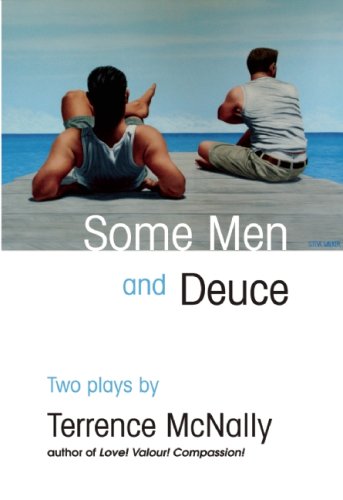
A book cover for Some Men and Deuce: Two Plays; Terrence McNally; Literature & Fiction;